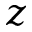
z